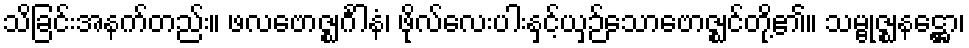
သိခြင်းအနက်တည်း။ ဖလဗောဇ္ဈင်္ဂါနံ၊ ဖိုလ်လေးပါးနှင့်ယှဉ်သောဗောဇ္ဈင်တို့၏။ သမ္ဗုဇ္ဈနဋ္ဌော၊